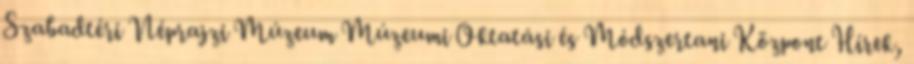
Szabadtéri Néprajzi Múzeum Múzeumi Oktatási és Módszertani Központ Hírek,